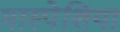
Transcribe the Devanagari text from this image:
मास्पेशिया